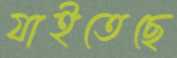
যাইতেছে